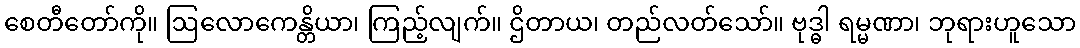
စေတီတော်ကို။ ဩလောကေန္တိယာ၊ ကြည့်လျက်။ ဌိတာယ၊ တည်လတ်သော်။ ဗုဒ္ဓါ ရမ္မဏာ၊ ဘုရားဟူသော